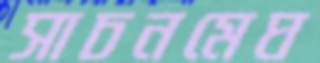
সাচনমেঘ